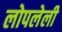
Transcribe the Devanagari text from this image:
लोपलेली